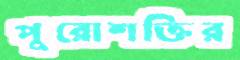
পুরোশক্তির